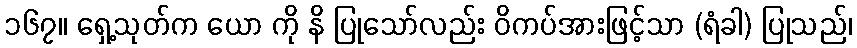
၁၆၇။ ရှေ့သုတ်က ယော ကို နိ ပြုသော်လည်း ဝိကပ်အားဖြင့်သာ (ရံခါ) ပြုသည်၊